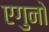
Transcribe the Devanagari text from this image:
एगुनो